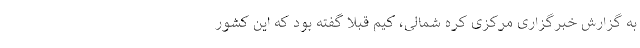
به گزارش خبرگزاری مرکزی کره شمالی، کیم قبلاً گفته بود که این کشور